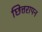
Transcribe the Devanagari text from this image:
छित्तरापन